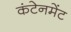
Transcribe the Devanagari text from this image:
कंटेनमेंट